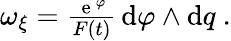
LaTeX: \begin{array}{r}{\omega_{\xi}=\frac{{\, \mathrm e}\, ^{\varphi}}{F(t)}\, \mathrm{d}\varphi\wedge\mathrm{d}q\ .}\end{array}